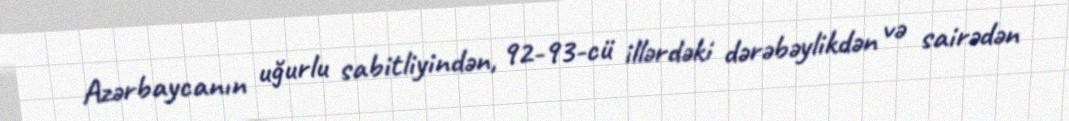
Azərbaycanın uğurlu sabitliyindən, 92-93-cü illərdəki dərəbəylikdən və sairədən